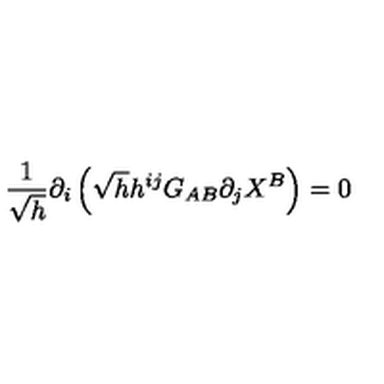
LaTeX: \frac { 1 } { \sqrt { h } } \partial _ { i } \left( \sqrt { h } h ^ { i j } G _ { A B } \partial _ { j } X ^ { B } \right) = 0